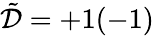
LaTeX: \tilde{\cal D}=+1(-1)